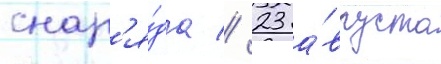
снар'я́да // 23 а́вгуста